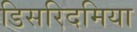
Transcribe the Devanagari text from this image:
डिसरिदमिया